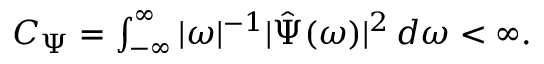
\begin{array} { r } { C _ { \Psi } = \int _ { - \infty } ^ { \infty } | \omega | ^ { - 1 } | \hat { \Psi } ( \omega ) | ^ { 2 } \, d \omega < \infty . } \end{array}